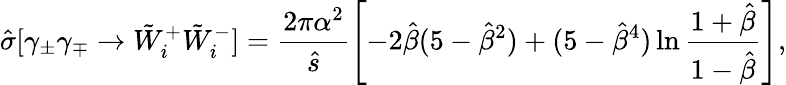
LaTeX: \hat{\sigma}[\gamma_{\pm}\gamma_{\mp}\rightarrow\tilde{W}_{i}^{+}\tilde{W}_{i}^{-}]=\frac{2\pi\alpha^{2}}{\hat{s}}\left[-2\hat{\beta}(5-\hat{\beta}^{2})+(5-\hat{\beta}^{4})\ln\frac{1+\hat{\beta}}{1-\hat{\beta}}\right],